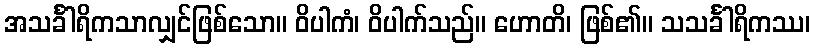
အသင်္ခါရိကသာလျှင်ဖြစ်သော။ ဝိပါကံ၊ ဝိပါက်သည်။ ဟောတိ၊ ဖြစ်၏။ သသင်္ခါရိကဿ၊